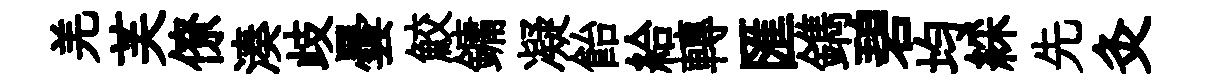
羌芙僚湊歧曇鮫鏞凝飴給轉匯鐫碧均綵先灸